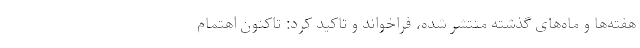
هفته‌ها و ماه‌های گذشته منتشر شده، فراخواند و تاکید کرد: تاکنون اهتمام